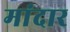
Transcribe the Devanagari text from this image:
मांदार